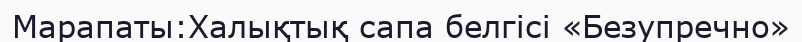
Марапаты:Халықтық сапа белгісі «Безупречно»